Annual administration and progress report of the Indian Medical Department, Bombay
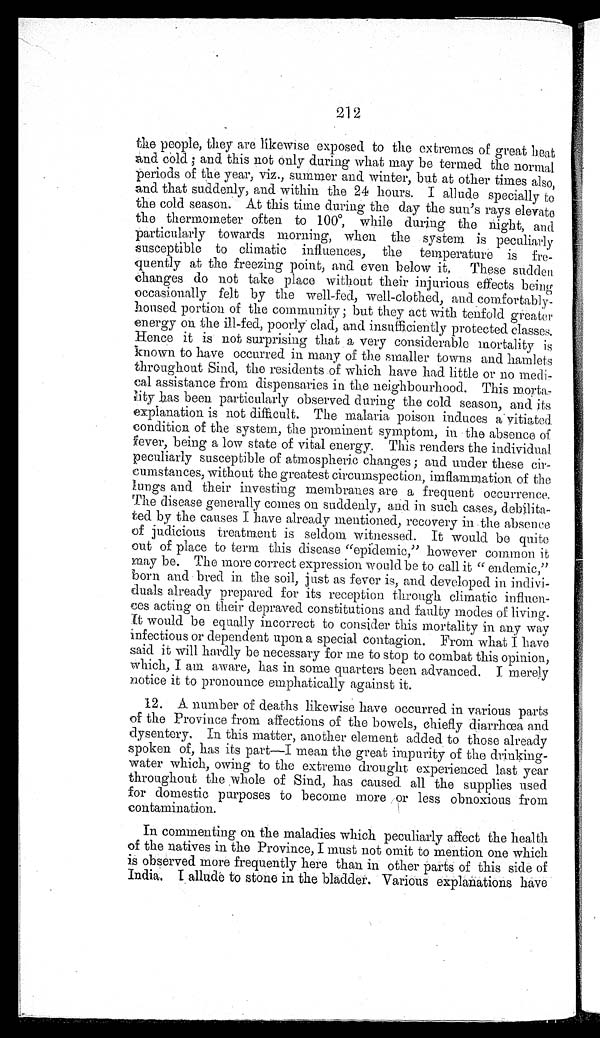
212
the people, they are likewise exposed to the extremes of great heat
and cold ; and this not only during what may be termed the normal
periods of the year, viz., summer and winter, but at other times also,
and that suddenly, and within the 24 hours. I allude specially to
the cold season. At this time during the day the sun's rays elevate
the thermometer often to 100º, while during the night, and
particularly towards morning, when the system is peculiarly
susceptible to climatic influences, the temperature is fre
-quently at the freezing point, and even below it, These sudden
changes do not take place without their injurious effects being
occasionally felt by the well-fed, well-clothed, and comfortably
-housed portion of the community ; but they act with tenfold greater
energy on the ill-fed, poorly clad, and insufficiently protected classes.
Hence it is not surprising that a very considerable mortality is
known to have occurred in many of the smaller towns and hamlets
throughout Sind, the residents of which have had little or no medi-
cal assistance from dispensaries in the neighbourhood. This morta-
lity has been particularly observed during the cold season, and its
explanation is not difficult. The malaria poison induces a vitiated
condition of the system, the prominent symptom, in the absence of
fever, being a low state of vital energy. This renders the individual
peculiarly susceptible of atmospheric changes ; and under these cir
-cumstances, without the greatest circumspection, imflammation of the
lungs and their investing membranes are a frequent occurrence.
The disease generally comes on suddenly, and. in such cases, debilita
-ted by the causes I have already mentioned, recovery in the absence
of judicious treatment is seldom witnessed. It would be quite
out of place to term this disease "epidemic," however common it
may be. The more correct expression would be to call it "endemic,"
born and bred in the soil, just as fever is, and developed in indivi
-duals already prepared for its reception through climatic influen
-ces acting on their depraved constitutions and faulty modes of living.
It would be equally incorrect to consider this mortality in any way
infectious or dependent upon a special contagion. From what I have
said it will hardly be necessary for me to stop to combat this opinion,
which, I am aware, has in some quarters been advanced. I merely
notice it to pronounce emphatically against it.
12. A number of deaths likewise have occurred in various parts
of the Province from affections of the bowels, chiefly diarrhœa and
dysentery. In this matter, another element added to those already
spoken of, has its part—I mean the great impurity of the drinking
-water which, owing to the extreme drought experienced last year
throughout the whole of Sind, has caused all the supplies used
for domestic purposes to become more or less obnoxious from
contamination.
In commenting on the maladies which peculiarly affect the health
of the natives in the Province, I must not omit to mention one which
is observed more frequently here than in other parts of this side of
India. I allude to stone in the bladder. Various explanations have